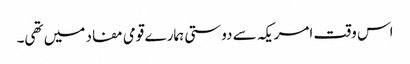
اس وقت امریکہ سے دوستی ہمارے قومی مفاد میں تھی۔